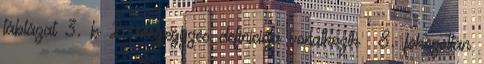
táblázat 3. b 2. megjegyzés definíciója vonatkozik 8. fokozottan